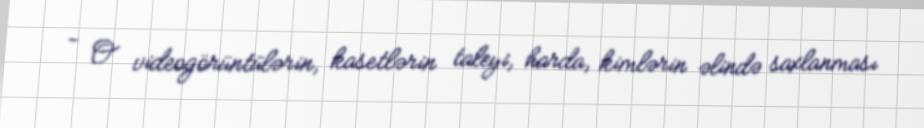
- O videogörüntülərin, kasetlərin taleyi, harda, kimlərin əlində saxlanması